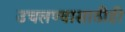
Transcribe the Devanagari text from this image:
उचलण्यासाठीही